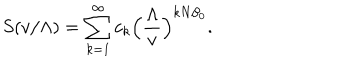
S ( v / \Lambda ) = \sum _ { k = 1 } ^ { \infty } c _ { k } \Bigl ( { \frac { \Lambda } { v } } \Bigr ) ^ { k N \beta _ { 0 } } .